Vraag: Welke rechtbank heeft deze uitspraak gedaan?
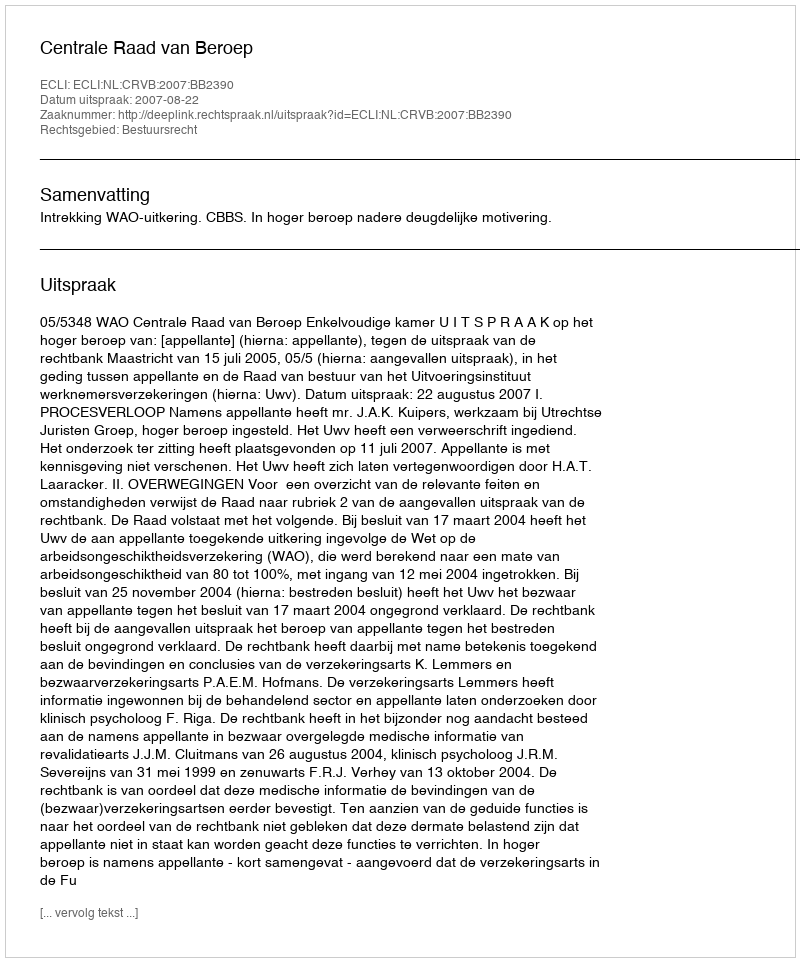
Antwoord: Centrale Raad van Beroep